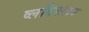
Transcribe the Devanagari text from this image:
व्लदिस्लाव